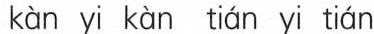
kànyi kàn tián yi tián